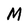
Character: M